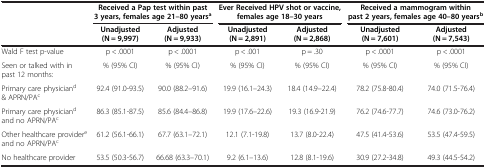
<table><thead><tr><td><b> </b></td><td colspan="2"><b>Received a Pap test within past 3 years, females age 21–80 years<sup>a</sup></b></td><td colspan="2"><b>Ever Received HPV shot or vaccine, females age 18–30 years</b></td><td colspan="2"><b>Received a mammogram within past 2 years, females age 40–80 years<sup>b</sup></b></td></tr><tr><td><b> </b></td><td><b>Unadjusted (N = 9,997)</b></td><td><b>Adjusted (N = 9,933)</b></td><td><b>Unadjusted (N = 2,891)</b></td><td><b>Adjusted (N = 2,868)</b></td><td><b>Unadjusted (N = 7,601)</b></td><td><b>Adjusted (N = 7,543)</b></td></tr></thead><tbody><tr><td>Wald F test p-value</td><td>p &lt; .0001</td><td>p &lt; .0001</td><td>p &lt; .001</td><td>p = .30</td><td>p &lt; .0001</td><td>p &lt; .0001</td></tr><tr><td>Seen or talked with in past 12 months:</td><td>% (95% CI)</td><td>% (95% CI)</td><td>% (95% CI)</td><td>% (95% CI)</td><td>% (95% CI)</td><td>% (95% CI)</td></tr><tr><td>Primary care physician<sup>d</sup> &amp; APRN/PA<sup>c</sup></td><td>92.4 (91.0-93.5)</td><td>90.0 (88.2–91.6)</td><td>19.9 (16.1–24.3)</td><td>18.4 (14.9–22.4)</td><td>78.2 (75.8-80.4)</td><td>74.0 (71.5-76.4)</td></tr><tr><td>Primary care physician<sup>d</sup> and no APRN/PA<sup>c</sup></td><td>86.3 (85.1-87.5)</td><td>85.6 (84.4–86.8)</td><td>19.9 (17.6–22.6)</td><td>19.3 (16.9-21.9)</td><td>76.2 (74.6-77.7)</td><td>74.6 (73.0-76.2)</td></tr><tr><td>Other healthcare provider<sup>e</sup> and no APRN/PA<sup>c</sup></td><td>61.2 (56.1-66.1)</td><td>67.7 (63.1–72.1)</td><td>12.1 (7.1-19.8)</td><td>13.7 (8.0-22.4)</td><td>47.5 (41.4-53.6)</td><td>53.5 (47.4-59.5)</td></tr><tr><td>No healthcare provider</td><td>53.5 (50.3-56.7)</td><td>66.68 (63.3–70.1)</td><td>9.2 (6.1–13.6)</td><td>12.8 (8.1-19.6)</td><td>30.9 (27.2-34.8)</td><td>49.3 (44.5-54.2)</td></tr></tbody></table>